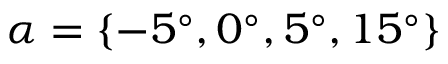
\alpha = \{ - 5 ^ { \circ } , 0 ^ { \circ } , 5 ^ { \circ } , 1 5 ^ { \circ } \}